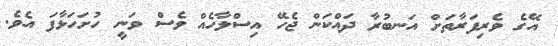
އޭގެ ވެރިފަރާތަށް އަނބުރާ ދައްކަން ޖެހޭ އިސްލާހެއް ވެސް ވަނީ ހުށަހަޅާފަ އެވެ.